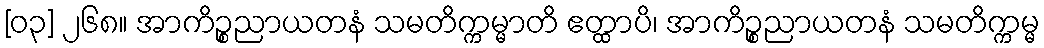
[၀၃] ၂၆၈။ အာကိဉ္စညာယတနံ သမတိက္ကမ္မာတိ ဧတ္ထာပိ၊ အာကိဉ္စညာယတနံ သမတိက္ကမ္မ